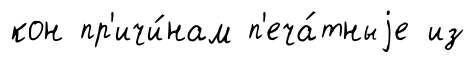
кон пр'ичи́нам п'еча́тныjе из